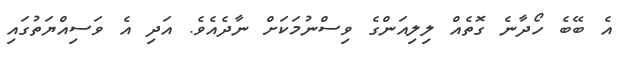
އެ ބޭބެ ހޯދާނެ ގޮތެއް ލިލިއަންގެ ވިސްނުމަކަށް ނާދެއެވެ. އަދި އެ ވަސިއްޔަތުގައި